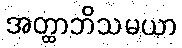
အတ္ထာဘိသမယာ